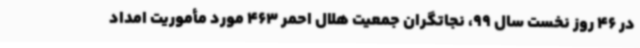
در 46 روز نخست سال 99، نجاتگران جمعیت هلال احمر 463 مورد مأموریت امداد